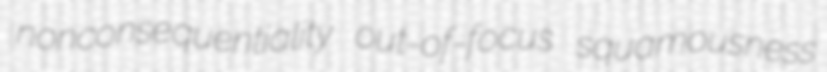
nonconsequentiality out-of-focus squamousness